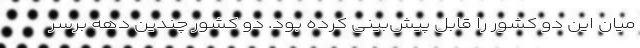
میان این دو کشور را قابل پیش‌بینی کرده بود. دو کشور چندین دهه برسر